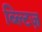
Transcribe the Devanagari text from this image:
ब्ल्टिज़